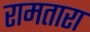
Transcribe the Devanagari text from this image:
रामतारा